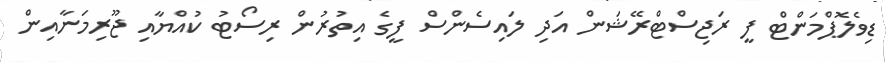
ޑިވެލޮޕްމަންޓް ފީ ރަޖިސްޓްރޭޝަން އަދި ލައިސެންސް ފީގެ އިތުރުން ރިސޯޓު ކުއްޔާއި ޖޫރިމަނާއިން